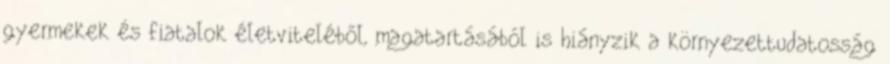
gyermekek és fiatalok életviteléből, magatartásából is hiányzik a környezettudatosság